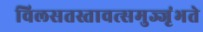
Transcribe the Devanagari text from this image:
विलसतस्तावत्समुज्जृंभते